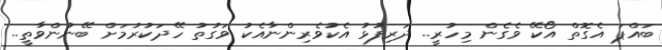
ބައްޕަ އެގޮތް އޯކޭ ވެގެން މިހުރީ.. ދަރިފުޅު އެކުވެރިންނާއެކު ވަގުތު ހޭދަކުރުމަށް ބޭނުންވާތީ..